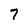
Character: 7